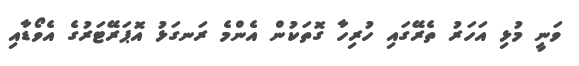
ވަނީ މުޅި އަހަރު ތެރޭގައި ހުރިހާ ގޮތަކުން އެންމެ ރަނގަޅު އޮޕަރޭޓަރުގެ އެވޯޑާއި